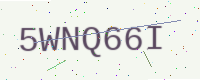
Text: 5WNQ66I